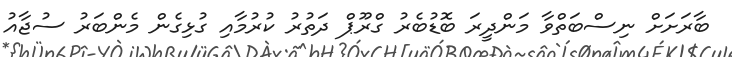
ބާރަށަށް ނިސްބަތްވާ މަންދީރަ ބޮޑުބެރު ގްރޫޕް ދަތުރު ކުރުމާއި ގުޅިގެން މެންބަރު ސުޖާއު